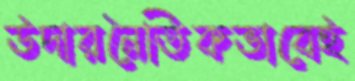
উদারনৈতিকভাবেই